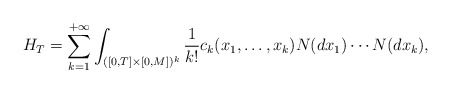
\begin{align*}H_T = \sum_{k=1}^{+\infty} \int_{([0,T]\times[0,M])^k} \frac{1}{k!} c_k(x_1,\ldots,x_k) N(dx_1) \cdots N(dx_k),\end{align*}